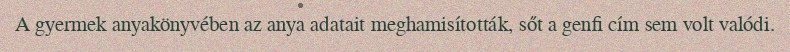
A gyermek anyakönyvében az anya adatait meghamisították, sőt a genfi cím sem volt valódi.